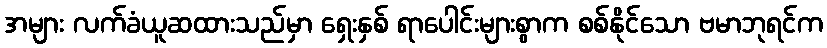
အများ လက်ခံယူဆထားသည်မှာ ရှေးနှစ် ရာပေါင်းများစွာက စစ်နိုင်သော ဗမာဘုရင်က